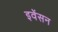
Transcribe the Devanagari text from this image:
इवेंसन